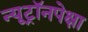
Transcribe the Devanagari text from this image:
न्यूट्रॉनपेक्षा